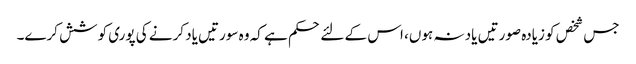
جس شخص کو زیادہ صورتیں یاد نہ ہوں، اس کے لئے حکم ہے کہ وہ سورتیں یاد کرنے کی پوری کوشش کرے۔